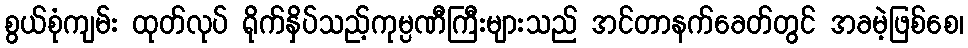
စွယ်စုံကျမ်း ထုတ်လုပ် ရိုက်နှိပ်သည့်ကုမ္ပဏီကြီးများသည် အင်တာနက်ခေတ်တွင် အခမဲ့ဖြစ်စေ၊